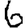
Digit: 6